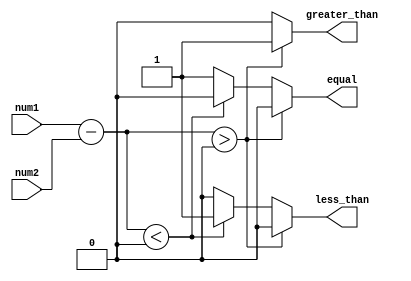
module arithmetic_inequality_comparator (
    input signed [7:0] num1,
    input signed [7:0] num2,
    output reg greater_than,
    output reg less_than,
    output reg equal
);

reg signed [7:0] difference;

always @ (num1 or num2)
begin
    difference = num1 - num2;
    
    if (difference > 0)
    begin
        greater_than = 1;
        less_than = 0;
        equal = 0;
    end
    else if (difference < 0)
    begin
        greater_than = 0;
        less_than = 1;
        equal = 0;
    end
    else
    begin
        greater_than = 0;
        less_than = 0;
        equal = 1;
    end
end

endmodule